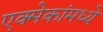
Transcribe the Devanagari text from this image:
एक्मेकांमध्ये